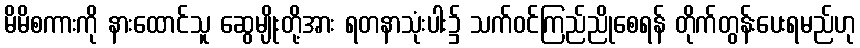
မိမိစကားကို နားထောင်သူ ဆွေမျိုးတို့အား ရတနာသုံးပါး၌ သက်ဝင်ကြည်ညိုစေရန် တိုက်တွန်းပေးရမည်ဟု